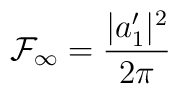
{\cal {F}}_\infty = \frac{|a'_1|^2}{2\pi}